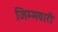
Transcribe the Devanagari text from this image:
जिम्मवारी